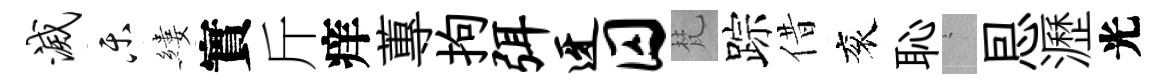
灭乐縷實斤痒蓴拘弭迓囚梵踪借衮恥搖㤙瀝光